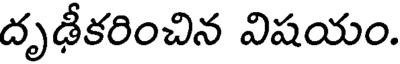
దృఢీకరించిన విషయం.